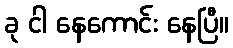
ခု ငါ နေကောင်း နေပြီ။